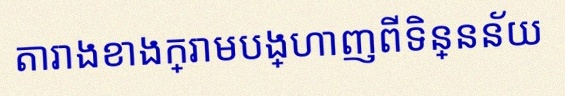
តារាងខាងក្រោមបង្ហាញពីទិន្នន័យ